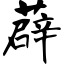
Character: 薜